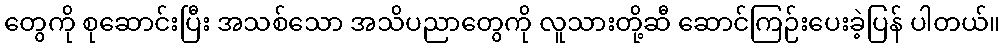
တွေကို စုဆောင်းပြီး အသစ်သော အသိပညာတွေကို လူသားတို့ဆီ ဆောင်ကြဉ်းပေးခဲ့ပြန် ပါတယ်။